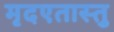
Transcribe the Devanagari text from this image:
मृदएतास्तु